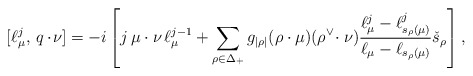
\begin{align*}[\ell^j_\mu,\,q\cdot\!\nu]=-i\left[j\,\mu\cdot\nu \,\ell_\mu^{j-1} +\sum_{\rho\in\Delta_+}g_{|\rho|}(\rho\cdot\mu)(\rho^\vee\!\cdot\nu) \frac{\ell_\mu^j-\ell^j_{s_\rho(\mu)}} {\ell_\mu-\ell_{s_{\rho}(\mu)}}\check{s}_\rho\right],\end{align*}